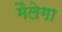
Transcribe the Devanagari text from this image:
मैलेगा